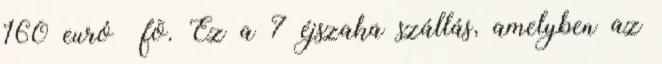
160 euró fõ. Ez a 7 éjszaka szállás, amelyben az